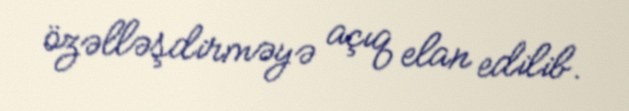
özəlləşdirməyə açıq elan edilib.